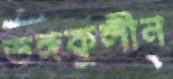
ভঙ্গকুলীন